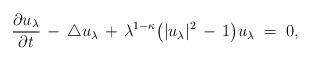
LaTeX: \begin{align*}\frac{\partial u_\lambda}{\partial t} \, - \, \triangle u_\lambda \, + \, \lambda^{1-\kappa} \bigl( | u_\lambda |^2 \, - \, 1 \bigr) u_\lambda \; = \; 0,\end{align*}